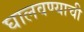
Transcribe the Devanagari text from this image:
घालवण्याची